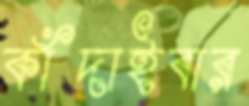
কাঁদাইবার